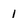
Character: 1